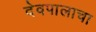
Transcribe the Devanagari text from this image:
देवपालाचा